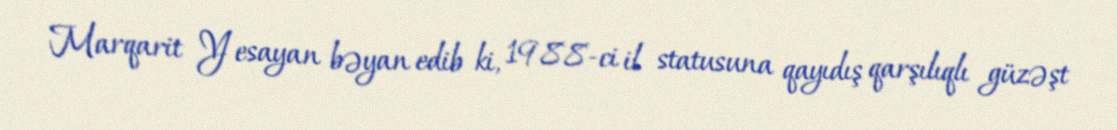
Marqarit Yesayan bəyan edib ki, 1988-ci il statusuna qayıdış qarşılıqlı güzəşt